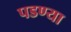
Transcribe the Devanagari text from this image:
पडण्या